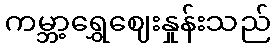
ကမ္ဘာ့ရွှေဈေးနှုန်းသည်